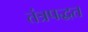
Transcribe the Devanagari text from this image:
तंत्रपद्धत